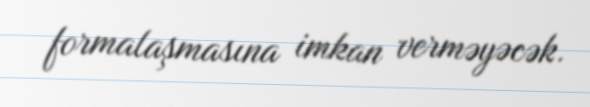
formalaşmasına imkan verməyəcək.